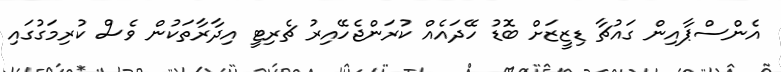
އެންސްޕާއިން ގައުޗާާ ޑިޒީޒަށް ބޮޑު ހޭދައެއް ކުރަންޖެހޭއިރު ޗެރިޓީ އިދާރާތަކުން ވެސް ކުރިމަގުގައި